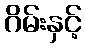
ဂိမ်းနှင့်